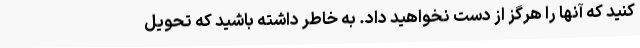
کنید که آنها را هرگز از دست نخواهید داد. به خاطر داشته باشید که تحویل